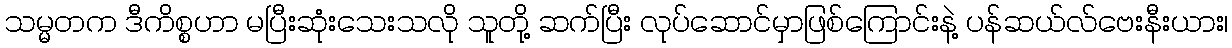
သမ္မတက ဒီကိစ္စဟာ မပြီးဆုံးသေးသလို သူတို့ ဆက်ပြီး လုပ်ဆောင်မှာဖြစ်ကြောင်းနဲ့ ပန်ဆယ်လ်ဗေးနီးယား၊